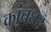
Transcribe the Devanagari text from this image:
कांचघर